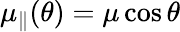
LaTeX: \mu_{\parallel}(\theta)=\mu\cos{\theta}